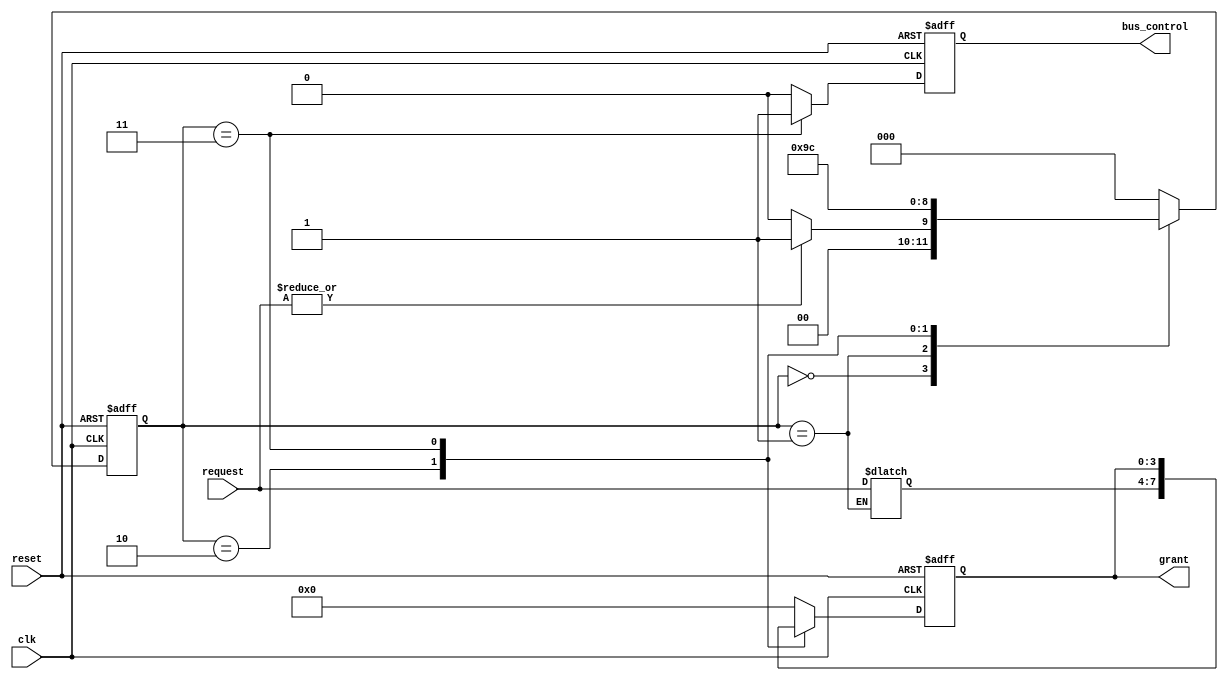
module BusController (
    input wire clk,                  // Clock signal
    input wire reset,                // Reset signal
    input wire [N-1:0] request,      // Request signals from devices (N devices)
    output reg [N-1:0] grant,        // Grant signals for devices
    output reg bus_control           // Bus control signal (e.g., read/write)
);

parameter N = 4;                    // Number of devices
parameter IDLE = 3'b000;           // Idle state
parameter REQUEST = 3'b001;        // Request state
parameter GRANT = 3'b010;          // Grant state
parameter TRANSFER = 3'b011;       // Transfer state
parameter RELEASE = 3'b100;        // Release state

reg [2:0] state;                   // Current state
reg [2:0] next_state;              // Next state
reg [N-1:0] priority;              // Priority encoding for devices

// State transition logic
always @(posedge clk or posedge reset) begin
    if (reset) begin
        state <= IDLE;              // Reset to Idle state
    end else begin
        state <= next_state;        // Transition to next state
    end
end

// Next state logic
always @(*) begin
    case (state)
        IDLE: begin
            if (|request) begin      // If any device requests access
                next_state = REQUEST;
            end else begin
                next_state = IDLE;    // Stay in idle if no requests
            end
        end
        
        REQUEST: begin
            // Implement priority handling (simple round-robin or fixed priority)
            // For simplicity, we grant access to the first requesting device
            priority = request;       // Capture the request signals
            next_state = GRANT;       // Move to Grant state
        end
        
        GRANT: begin
            next_state = TRANSFER;    // Move to Transfer state after granting
        end
        
        TRANSFER: begin
            // Assume data transfer is complete in one clock cycle for simplicity
            next_state = RELEASE;      // Move to Release state
        end
        
        RELEASE: begin
            next_state = IDLE;         // Return to Idle state
        end
        
        default: next_state = IDLE;   // Default to Idle state
    endcase
end

// Output logic (Moore machine)
always @(posedge clk or posedge reset) begin
    if (reset) begin
        grant <= 0;                  // No grants on reset
        bus_control <= 0;            // No bus control on reset
    end else begin
        case (state)
            IDLE: begin
                grant <= 0;           // No device has access
                bus_control <= 0;     // No bus control
            end
            
            REQUEST: begin
                grant <= 0;           // No grants in request state
                bus_control <= 0;     // No bus control
            end
            
            GRANT: begin
                grant <= priority;     // Grant access to the requesting device
                bus_control <= 0;      // No bus control yet
            end
            
            TRANSFER: begin
                bus_control <= 1;      // Assert bus control for data transfer
            end
            
            RELEASE: begin
                grant <= 0;            // Release grant signals
                bus_control <= 0;      // Deassert bus control
            end
            
            default: begin
                grant <= 0;            // Default case
                bus_control <= 0;      // Default case
            end
        endcase
    end
end

endmodule